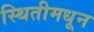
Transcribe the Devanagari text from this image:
स्थितीमधून